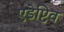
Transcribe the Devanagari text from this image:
एडेप्टिव